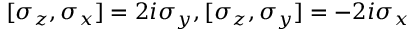
[ \sigma _ { z } , \sigma _ { x } ] = 2 i \sigma _ { y } , [ \sigma _ { z } , \sigma _ { y } ] = - 2 i \sigma _ { x }